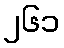
၂၆၁